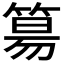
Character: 𥯕